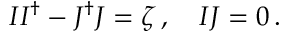
I I ^ { \dagger } - J ^ { \dagger } J = \zeta \, , \quad I J = 0 \, .